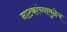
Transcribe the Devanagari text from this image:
नाटकांच्यामुळेच